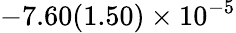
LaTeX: -7.60(1.50)\times 10^{-5}